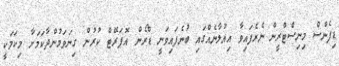
ޑިފެންސް މިނިސްޓްރީން ނެރެފައިވާ އިއުލާނެއްގައި ބުނެފައިވަނީ ޑްރޯން އޮޕަރޭޓް ކުރުން ގިނަވަމުންދާކަމަށާ މިކަމަކީ